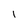
Character: l